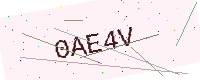
Text: 0AE4V